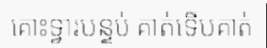
គោះទ្វារបន្ទប់ គាត់ទើបគាត់